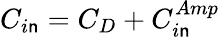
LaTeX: C_{i\mathsf{n}}=C_{D}+C_{i\mathsf{n}}^{Amp}